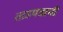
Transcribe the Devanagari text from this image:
ताडपत्राची